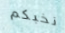
نخبكم